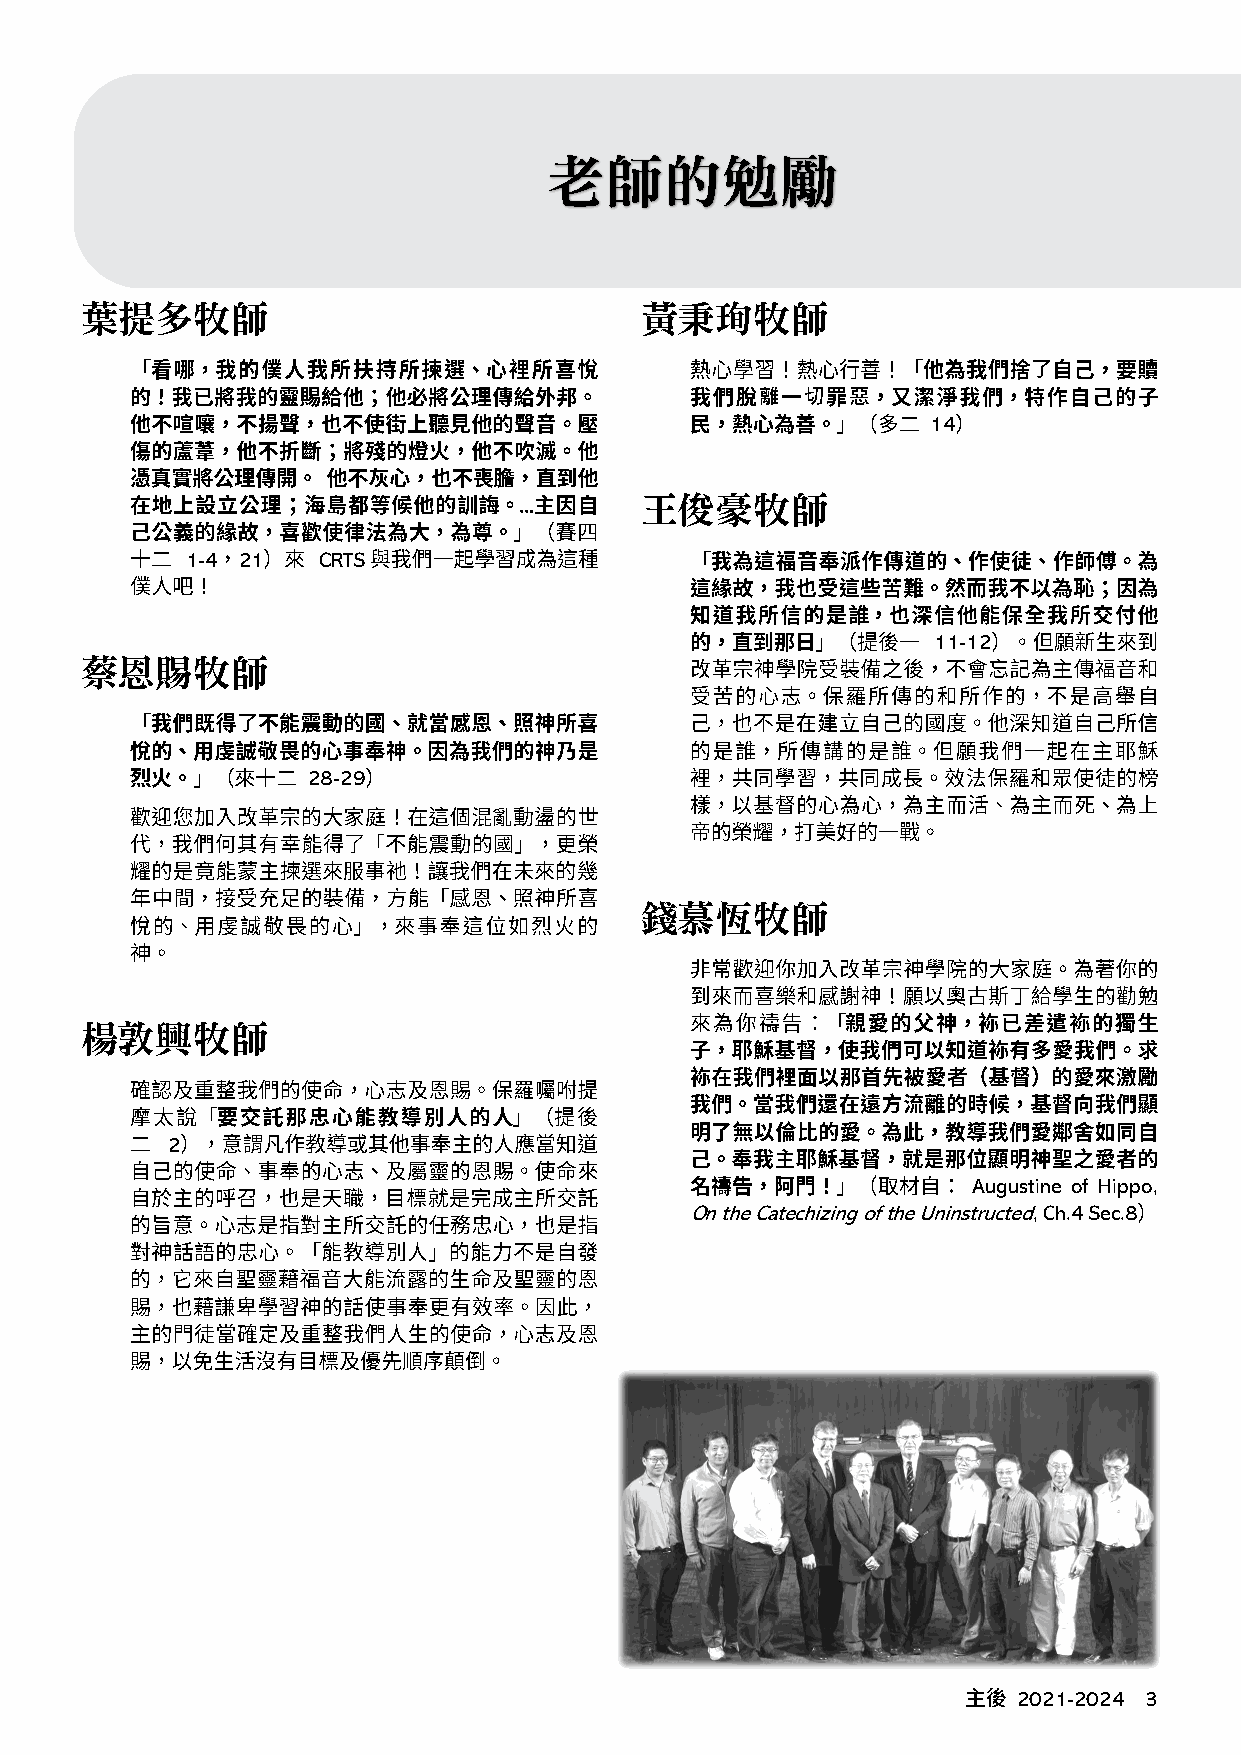
老師的勉勵
 葉提多牧師                                黃秉珣牧師
 了
 離  切  惡
 14
 ...     王俊豪牧師
 1-4 21   CRTS
 11-12
 蔡恩賜牧師
 了
 28-29
 亂
 了
 錢慕恆牧師
 楊敦興牧師
 2
 Augustine of Hippo,
 On the Catechizing of the Uninstructed, Ch.4 Sec.8
 2021-2024 3